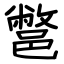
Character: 鄨